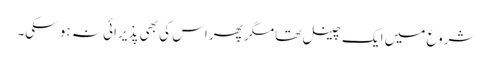
شروع میں ایک چینل تھا مگر پھر اس کی بھی پذیرائی نہ ہو سکی۔